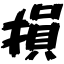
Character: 損